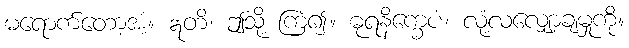
မရောက်တော့အံ့။ ဣတိ၊ ဤသို့ ကြံ၍။ ဓုရနိက္ခေပံ၊ လုံ့လလျှော့ချမှုကို။